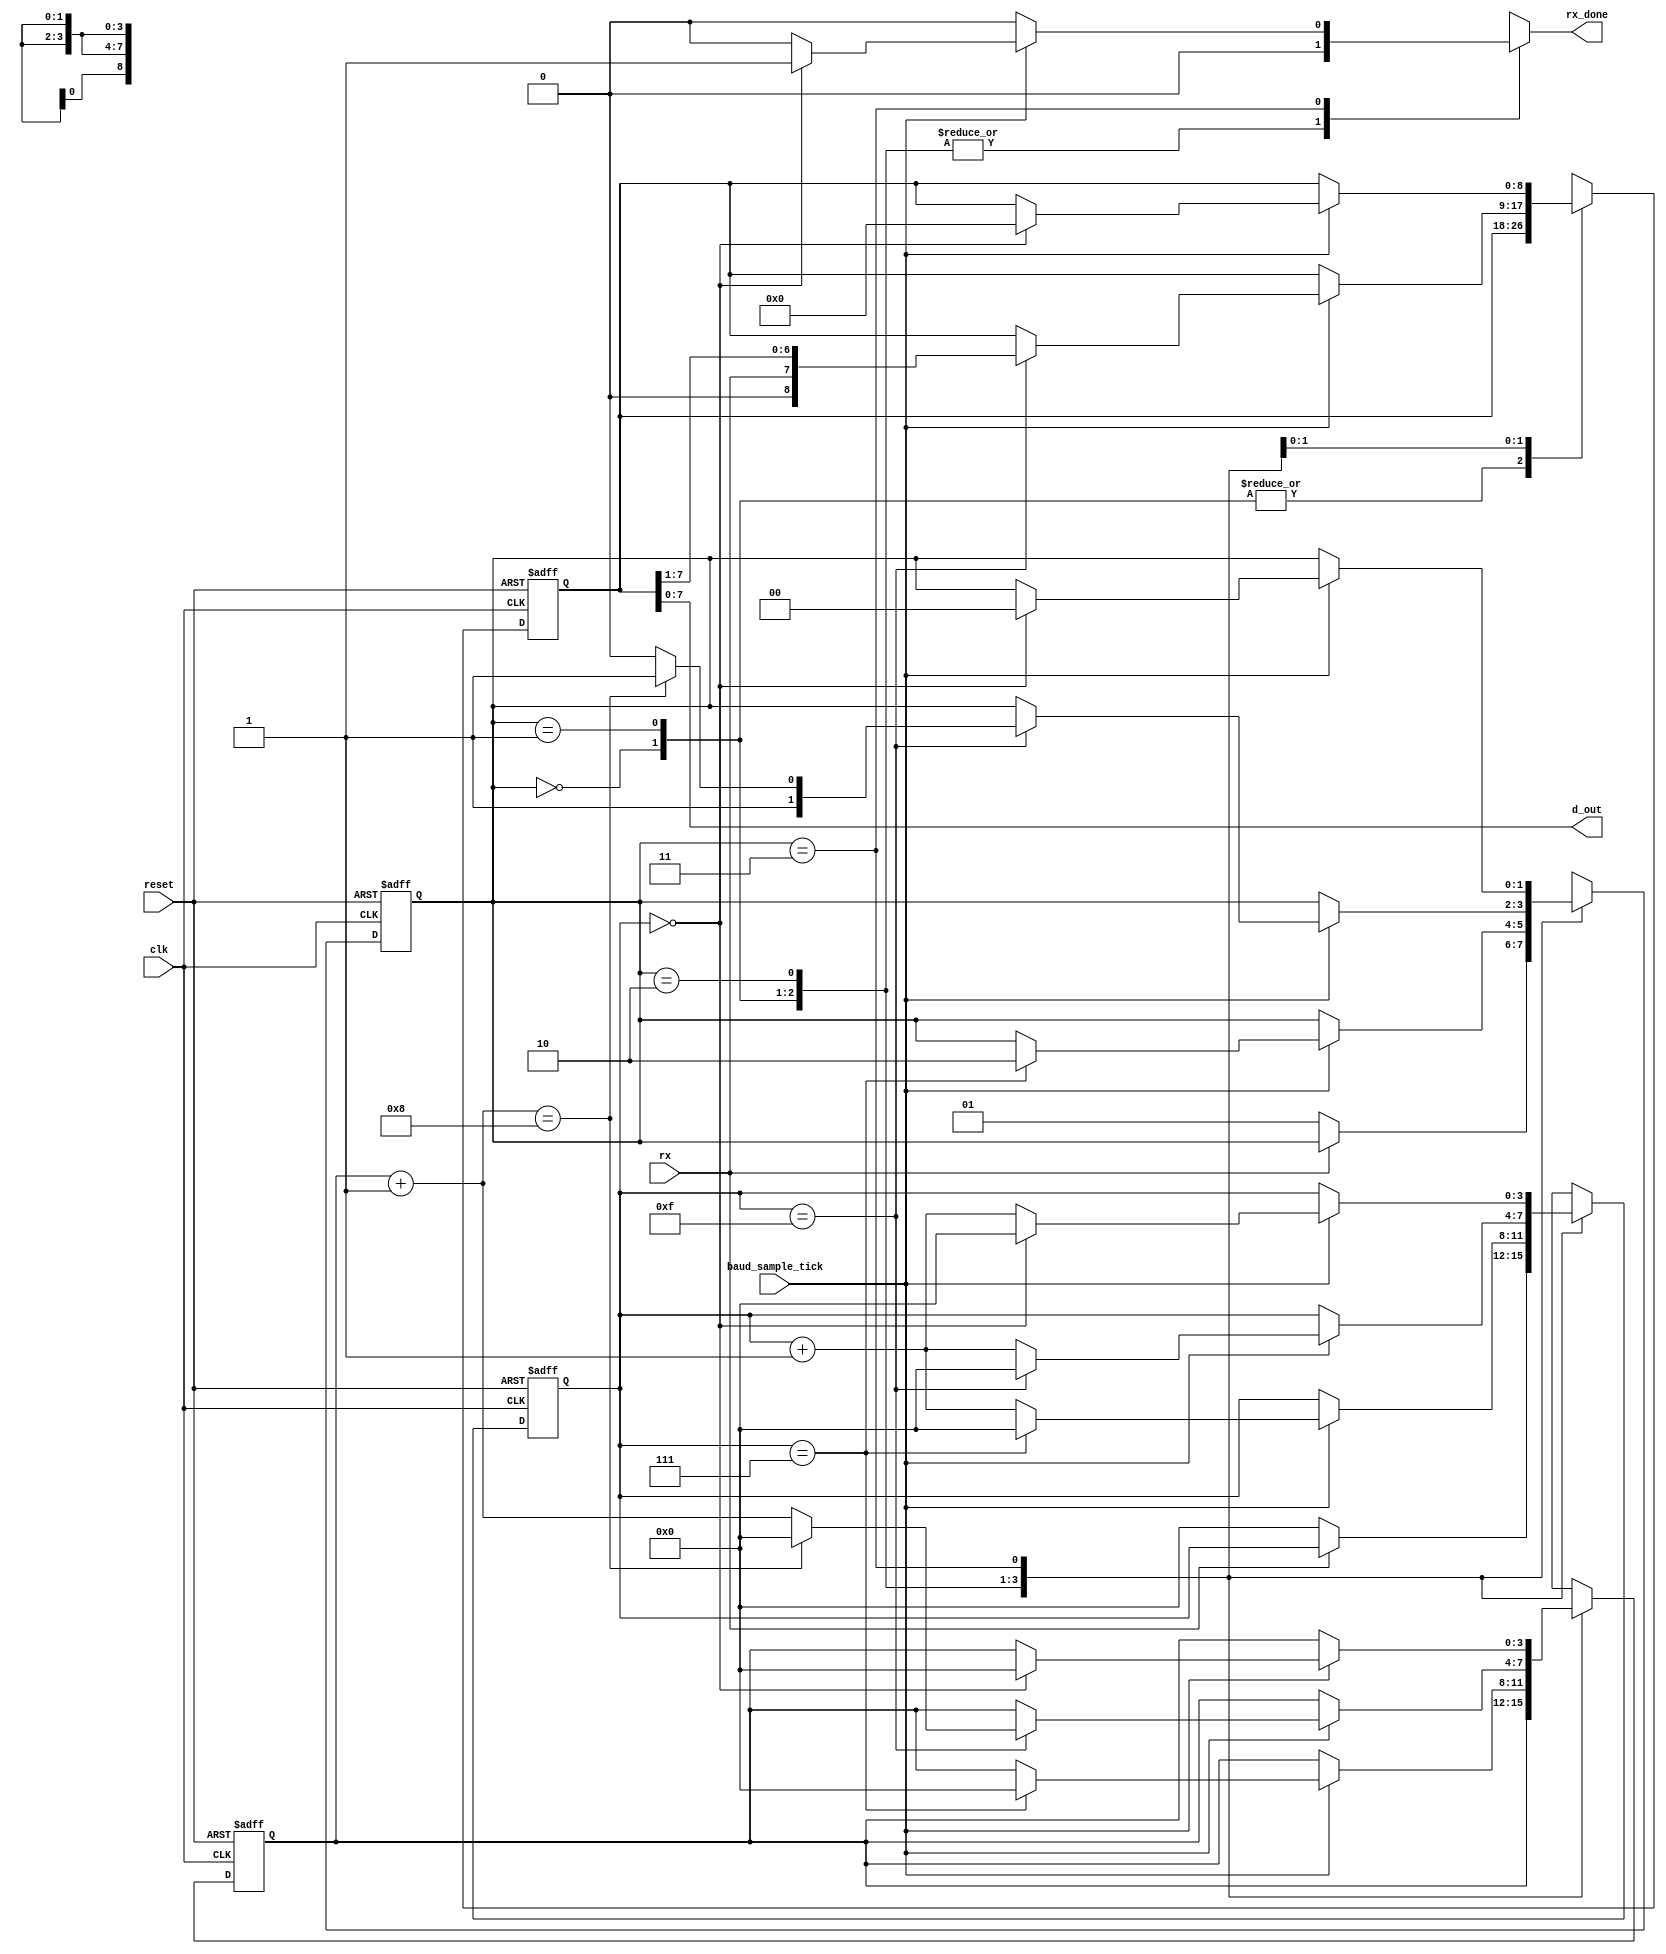
module UART_reciever
#(parameter D_BIT = 8'd8, S_BIT = 8'd1)
(
    input wire rx, clk, baud_sample_tick, reset,
    output [D_BIT-1:0] d_out,
    output wire rx_done
);
//params
localparam IDLE = 2'b00, START = 2'b01, DATA = 2'b10, STOP = 2'b11;
//signals
reg [3:0] s_count, s_count_next;
reg [D_BIT:0] b, b_next;
reg [3:0] n, n_next;
reg [1:0] state_reg, state_next;
reg done;

//registers
always @(posedge clk or posedge reset)
    begin
        if(reset)
            begin
                state_reg <= 0;
                s_count <= 0;
                b <= 0;
                n <= 0;
            end
        else 
            begin
                state_reg <= state_next;
                s_count <= s_count_next;
                n <= n_next;
                b <= b_next;
            end
    end
//next state logic
always @(*)
    begin
        state_next = state_reg;
        b_next = b;
        n_next = n;
        s_count_next = s_count;
        done = 0;
        case (state_reg)
        IDLE :
            begin
                if(rx==0)
                    begin
                        state_next = START;
                        s_count_next = 0;
                    end
            end
        START :
            begin
                if(baud_sample_tick)
                    begin
                        if(s_count==4'd7)
                            begin
                                s_count_next = 0;
                                n_next = 0;
                                state_next = DATA;
                            end
                        else 
                            begin
                                s_count_next = s_count + 1;
                            end
                    end
            end
        DATA :
            begin
                if(baud_sample_tick)
                    begin
                        if(s_count==4'd15)
                            begin
                                n_next = n + 1;
                                s_count_next = 0;
                                b_next = {rx, b[7:1]};
                                if(n_next==D_BIT)
                                    begin
                                        state_next = STOP;
                                        n_next = 0;
                                        s_count_next = 0;
                                    end
                                else
                                    begin
                                        state_next = DATA;
                                    end
                            end
                        else 
                            begin
                                s_count_next = s_count + 1;
                            end
                    end
            end
        STOP :
            begin
                if(baud_sample_tick)
                    begin
                        if(s_count==S_BIT-1)
                            begin
                                state_next = IDLE;
                                done = 1;
                                s_count_next = 0;
                                b_next = 0;
                                n_next = 0;
                            end
                        else 
                            begin
                                s_count_next = s_count + 1;
                            end
                    end

            end
        default :
            begin
                state_next = IDLE;
                b_next = 0;
                s_count_next = 0;
                n_next = 0;
                done = 0;
            end
        endcase
    end

//output
assign rx_done = done;
assign d_out = b;

endmodule